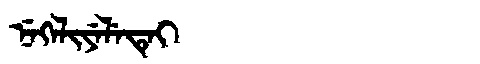
Manchu: ᠨᡝᡴᡝᠯᡳᠶᡝᠯᡝᡨᡝᡳ
Romanization: NEKELIYELETEI